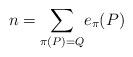
LaTeX: \begin{align*}n= {\displaystyle\sum\limits_{\pi(P)=Q}} e_{\pi}(P) \end{align*}